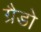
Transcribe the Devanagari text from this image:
ग्रैडो